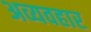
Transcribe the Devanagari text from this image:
अव्यवहार